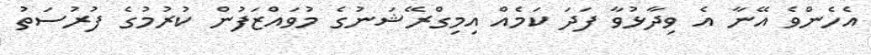
އެހެންވެ އޭނާ އެ ވިދާޅުވާ ފަދަ ކަމެއް އިމިގްރޭޝަނުގެ މުވައްޒަފުން ކުރުމުގެ ފުރުސަތު